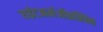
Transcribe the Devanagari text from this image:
राईटआर्मऑफ़स्पिन